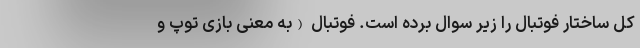
کل ساختار فوتبال را زیر سوال برده است. فوتبال (به معنی بازی توپ و